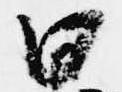
日